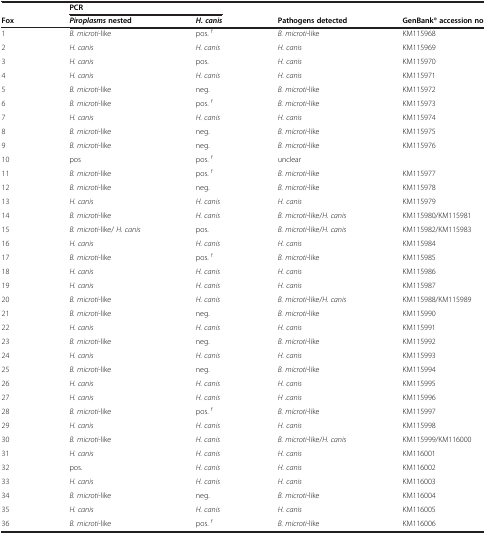
<table><thead><tr><td></td><td colspan="2"><b>PCR</b></td><td></td><td></td></tr><tr><td><b>Fox</b></td><td><b><i>Piroplasms</i>nested</b></td><td><b><i>H. canis</i></b></td><td><b>Pathogens detected</b></td><td><b>GenBank® accession no</b></td></tr></thead><tbody><tr><td>1</td><td><i>B. microti</i>-like</td><td>pos. <sup>f</sup></td><td><i>B. microti</i>-like</td><td>KM115968</td></tr><tr><td>2</td><td><i>H. canis</i></td><td><i>H. canis</i></td><td><i>H. canis</i></td><td>KM115969</td></tr><tr><td>3</td><td><i>H. canis</i></td><td>pos.</td><td><i>H. canis</i></td><td>KM115970</td></tr><tr><td>4</td><td><i>H. canis</i></td><td><i>H. canis</i></td><td><i>H. canis</i></td><td>KM115971</td></tr><tr><td>5</td><td><i>B. microti</i>-like</td><td>neg.</td><td><i>B. microti</i>-like</td><td>KM115972</td></tr><tr><td>6</td><td><i>B. microti</i>-like</td><td>pos. <sup>f</sup></td><td><i>B. microti</i>-like</td><td>KM115973</td></tr><tr><td>7</td><td><i>H. canis</i></td><td><i>H. canis</i></td><td><i>H. canis</i></td><td>KM115974</td></tr><tr><td>8</td><td><i>B. microti</i>-like</td><td>neg.</td><td><i>B. microti</i>-like</td><td>KM115975</td></tr><tr><td>9</td><td><i>B. microti</i>-like</td><td>neg.</td><td><i>B. microti</i>-like</td><td>KM115976</td></tr><tr><td>10</td><td>pos</td><td>pos. <sup>f</sup></td><td>unclear</td><td></td></tr><tr><td>11</td><td><i>B. microti</i>-like</td><td>pos. <sup>f</sup></td><td><i>B. microti</i>-like</td><td>KM115977</td></tr><tr><td>12</td><td><i>B. microti</i>-like</td><td>neg.</td><td><i>B. microti</i>-like</td><td>KM115978</td></tr><tr><td>13</td><td><i>H. canis</i></td><td><i>H. canis</i></td><td><i>H. canis</i></td><td>KM115979</td></tr><tr><td>14</td><td><i>B. microti</i>-like</td><td><i>H. canis</i></td><td><i>B. microti</i>-like/<i>H. canis</i></td><td>KM115980/KM115981</td></tr><tr><td>15</td><td><i>B. microti</i>-like/ <i>H. canis</i></td><td>pos.</td><td><i>B. microti</i>-like/<i>H. canis</i></td><td>KM115982/KM115983</td></tr><tr><td>16</td><td><i>H. canis</i></td><td><i>H. canis</i></td><td><i>H. canis</i></td><td>KM115984</td></tr><tr><td>17</td><td><i>B. microti</i>-like</td><td>pos. <sup>f</sup></td><td><i>B. microti</i>-like</td><td>KM115985</td></tr><tr><td>18</td><td><i>H. canis</i></td><td><i>H. canis</i></td><td><i>H. canis</i></td><td>KM115986</td></tr><tr><td>19</td><td><i>H. canis</i></td><td><i>H. canis</i></td><td><i>H. canis</i></td><td>KM115987</td></tr><tr><td>20</td><td><i>B. microti</i>-like</td><td><i>H. canis</i></td><td><i>B. microti</i>-like/<i>H. canis</i></td><td>KM115988/KM115989</td></tr><tr><td>21</td><td><i>B. microti</i>-like</td><td>neg.</td><td><i>B. microti</i>-like</td><td>KM115990</td></tr><tr><td>22</td><td><i>H. canis</i></td><td><i>H. canis</i></td><td><i>H. canis</i></td><td>KM115991</td></tr><tr><td>23</td><td><i>B. microti</i>-like</td><td>neg.</td><td><i>B. microti</i>-like</td><td>KM115992</td></tr><tr><td>24</td><td><i>H. canis</i></td><td><i>H. canis</i></td><td><i>H. canis</i></td><td>KM115993</td></tr><tr><td>25</td><td><i>B. microti</i>-like</td><td>neg.</td><td><i>B. microti</i>-like</td><td>KM115994</td></tr><tr><td>26</td><td><i>H. canis</i></td><td><i>H. canis</i></td><td><i>H. canis</i></td><td>KM115995</td></tr><tr><td>27</td><td><i>H. canis</i></td><td><i>H. canis</i></td><td><i>H .canis</i></td><td>KM115996</td></tr><tr><td>28</td><td><i>B. microti</i>-like</td><td>pos. <sup>f</sup></td><td><i>B. microti</i>-like</td><td>KM115997</td></tr><tr><td>29</td><td><i>H. canis</i></td><td><i>H. canis</i></td><td><i>H. canis</i></td><td>KM115998</td></tr><tr><td>30</td><td><i>B. microti</i>-like</td><td><i>H. canis</i></td><td><i>B. microti</i>-like/<i>H. canis</i></td><td>KM115999/KM116000</td></tr><tr><td>31</td><td><i>H. canis</i></td><td><i>H. canis</i></td><td><i>H. canis</i></td><td>KM116001</td></tr><tr><td>32</td><td>pos.</td><td><i>H. canis</i></td><td><i>H. canis</i></td><td>KM116002</td></tr><tr><td>33</td><td><i>H. canis</i></td><td><i>H. canis</i></td><td><i>H. canis</i></td><td>KM116003</td></tr><tr><td>34</td><td><i>B. microti</i>-like</td><td>neg.</td><td><i>B. microti</i>-like</td><td>KM116004</td></tr><tr><td>35</td><td><i>H. canis</i></td><td><i>H. canis</i></td><td><i>H. canis</i></td><td>KM116005</td></tr><tr><td>36</td><td><i>B. microti</i>-like</td><td>pos. <sup>f</sup></td><td><i>B. microti</i>-like</td><td>KM116006</td></tr></tbody></table>